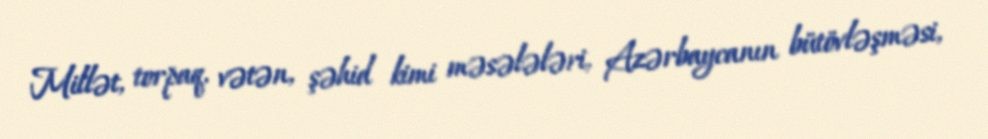
Millət, torpaq, vətən, şəhid kimi məsələləri, Azərbaycanın bütövləşməsi,